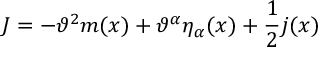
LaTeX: J = - \vartheta ^ { 2 } m ( x ) + \vartheta ^ { \alpha } \eta _ { \alpha } ( x ) + \frac { 1 } { 2 } j ( x )